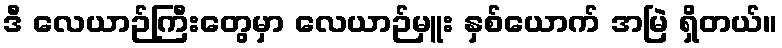
ဒီ လေယာဉ်ကြီးတွေမှာ လေယာဉ်မှူး နှစ်ယောက် အမြဲ ရှိတယ်။